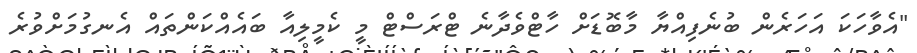
"އެވާހަކަ އަހަރެން ބުނެފިއްޔާ މާބޮޑަށް ހާޓްވެދާނެ ޓްރަސްޓް މީ ކެމީލިއާ ބައެއްކަންތައް އެނގުމަށްވުރެ